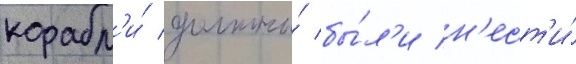
корабл'и́ должны́ бы́л'и н'ест'и́